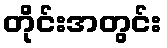
တိုင်းအတွင်း